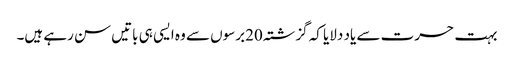
بہت حسرت سے یاد دلایا کہ گزشتہ 20برسوں سے وہ ایسی ہی باتیں سن رہے ہیں۔